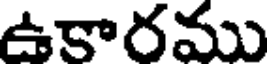
ఉకారము